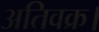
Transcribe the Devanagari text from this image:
अतिवक्र।